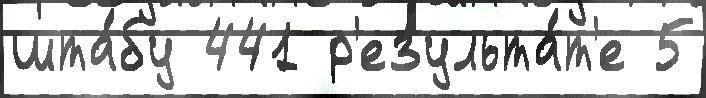
шта́бу 441 р'езульта́т'е 5